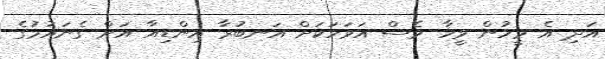
އަދި އެ މީހުން ވީހާ ވެސް އަވަހަކަށް އަނބުރާ އިންޑިއާ އަށް ގެނައުމުގެ